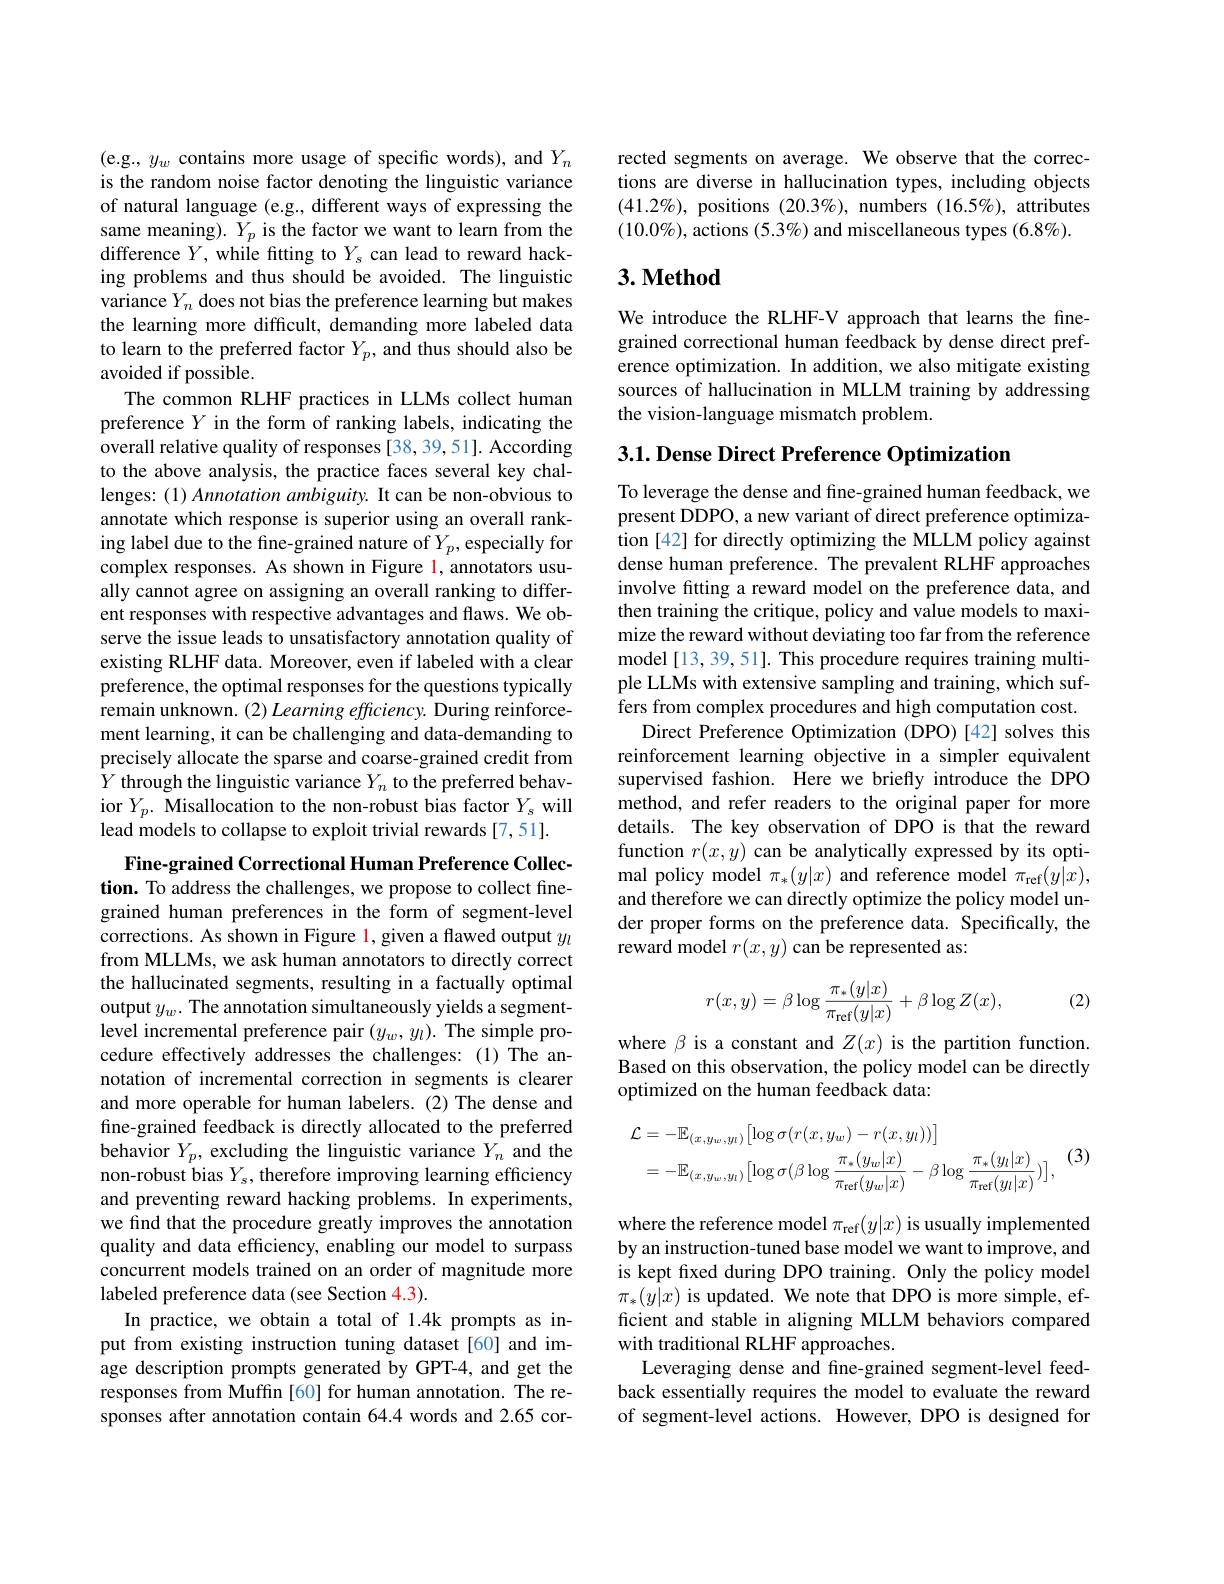
(e.g., $y_w$ contains more usage of specific words), and $Y_n$ is the random noise factor denoting the linguistic variance of natural language (e.g., different ways of expressing the same meaning). $Y_p$ is the factor we want to learn from the difference $Y$, while fitting to $Y_s$ can lead to reward hacking problems and thus should be avoided. The linguistic variance $Y_n$ does not bias the preference learning but makes the learning more difficult, demanding more labeled data to learn to the preferred factor $Y_p$, and thus should also be avoided if possible.
The common RLHF practices in LLMs collect human preference $Y$ in the form of ranking labels, indicating the overall relative quality of responses [38, 39, 51]. According to the above analysis, the practice faces several key challenges: (1) Annotation ambiguity. It can be non-obvious to annotate which response is superior using an overall ranking label due to the fine-grained nature of $Y_p$, especially for complex responses. As shown in Figure l, annotators usually cannot agree on assigning an overall ranking to different responses with respective advantages and flaws. We observe the issue leads to unsatisfactory annotation quality of existing RLHF data. Moreover, even if labeled with a clear preference, the optimal responses for the questions typically remain unknown. (2) Learning effciency. During reinforcement learning, it can be challenging and data-demanding to precisely allocate the sparse and coarse-grained credit from $\hat{Y}$ through the linguistic variance $Y_n$ to the preferred behavior $Y_p.$ Misallocation to the non-robust bias factor $Y_s$ will lead models to collapse to exploit trivial rewards [7,51].

Fine-grained Correctional Human Preference Collection. To address the challenges, we propose to collect finegrained human preferences in the form of segment-level corrections. As shown in Figure l, given a flawed output $y_l$ from MLLMs, we ask human annotators to directly correct the hallucinated segments, resulting in a factually optimal output $y_w.$ The annotation simultaneously yields a segmentlevel incremental preference pair $(y_w,y_l).$ The simple procedure effectively addresses the challenges: (1) The annotation of incremental correction in segments is clearer and more operable for human labelers.(2) The dense and fine-grained feedback is directly allocated to the preferred behavior $Y_p$, excluding the linguistic variance $Y_n$ and the non-robust bias $Y_s$, therefore improving learning efficiency and preventing reward hacking problems. In experiments, we find that the procedure greatly improves the annotation quality and data efficiency, enabling our model to surpass concurrent models trained on an order of magnitude more labeled preference data (see Section 4.3).
In practice, we obtain a total of 1.4k prompts as input from existing instruction tuning dataset[60] and image description prompts generated by GPT-4, and get the responses from Muffin[60] for human annotation. The responses after annotation contain 64.4 words and 2.65 cor-

rected segments on average. We observe that the corrections are diverse in hallucination types, including objects $(41.2\%)$, positions $(20.3\%)$, numbers $(16.5\%)$, attributes $(10.0\%)$, actions $(5.3\%)$ and miscellaneous types $(6.8\%).$

## $3. \textbf{Method}$

We introduce the RLHF-V approach that learns the finegrained correctional human feedback by dense direct preference optimization. In addition, we also mitigate existing sources of hallucination in MLLM training by addressing the vision-language mismatch problem.

$3. 1. \textbf{Dense Direct Preference Optimization}$

To leverage the dense and fine-grained human feedback, we present DDPO, a new variant of direct preference optimization [42] for directly optimizing the MLLM policy against dense human preference. The prevalent RLHF approaches involve fitting a reward model on the preference data, and then training the critique, policy and value models to maximize the reward without deviating too far from the reference model [13, 39, 51]. This procedure requires training multiple LLMs with extensive sampling and training, which suffers from complex procedures and high computation cost.
Direct Preference Optimization (DPO)[42] solves this reinforcement learning objective in a simpler equivalent supervised fashion. Here we briefly introduce the DPO method, and refer readers to the original paper for more details. The key observation of DPO is that the reward function $r(x,y)$ can be analytically expressed by its optimal policy model $\pi_*(y|x)$ and reference model $\pi_\mathrm{ref}(y|x)$, and therefore we can directly optimize the policy model under proper forms on the preference data. Specifically, the reward model $r(x,y)$ can be represented as:
$$r(x,y)=\beta\log\frac{\pi_*(y|x)}{\pi_\text{ref}(y|x)}+\beta\log Z(x),$$
(2)

where $\beta$ is a constant and $Z(x)$ is the partition function. Based on this observation, the policy model can be directly optimized on the human feedback data:
$$\begin{aligned}\mathcal{L}&=-\mathbb{E}_{(x,y_{w},y_{l})}\big[\log\sigma(r(x,y_{w})-r(x,y_{l}))\big]\\&=-\mathbb{E}_{(x,y_{w},y_{l})}\big[\log\sigma(\beta\log\frac{\pi_{*}(y_{w}|x)}{\pi_{\mathrm{ref}}(y_{w}|x)}-\beta\log\frac{\pi_{*}(y_{l}|x)}{\pi_{\mathrm{ref}}(y_{l}|x)})\big],\end{aligned}$$
(3)

where the reference model $\pi_\mathrm{ref}(y|x)$ is usually implemented by an instruction-tuned base model we want to improve, and is kept frxed during DPO training. Only the policy model $\pi_{*}(y|x)$ is updated. We note that DPO is more simple, efficient and stable in aligning MLLM behaviors compared with traditional RLHF approaches.
Leveraging dense and fine-grained segment-level feedback essentially requires the model to evaluate the reward of segment-level actions. However, DPO is designed for